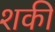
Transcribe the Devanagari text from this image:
शकी